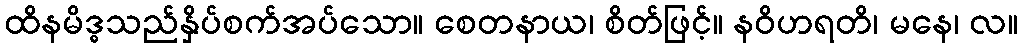
ထိနမိဒ္ဓသည်နှိပ်စက်အပ်သော။ စေတနာယ၊ စိတ်ဖြင့်။ နဝိဟရတိ၊ မနေ၊ လ။